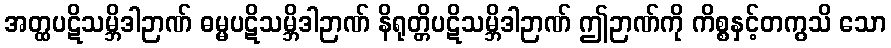
အတ္ထပဋိသမ္ဘိဒါဉာဏ် ဓမ္မပဋိသမ္ဘိဒါဉာဏ် နိရုတ္တိပဋိသမ္ဘိဒါဉာဏ် ဤဉာဏ်ကို ကိစ္စနှင့်တကွသိ သော